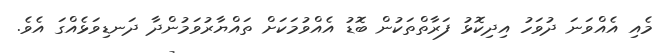
މެއި އެއްވަނަ ދުވަހު އިދިކޮޅު ފަރާތްތަކުން ބޮޑު އެއްވުމަކަށް ތައްޔާރުވަމުންދާ ދަނޑިވަޅެއްގަ އެވެ.